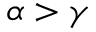
\alpha > \gamma